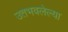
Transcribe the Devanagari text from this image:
उतभवलेल्या